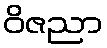
ဝိဇညာ